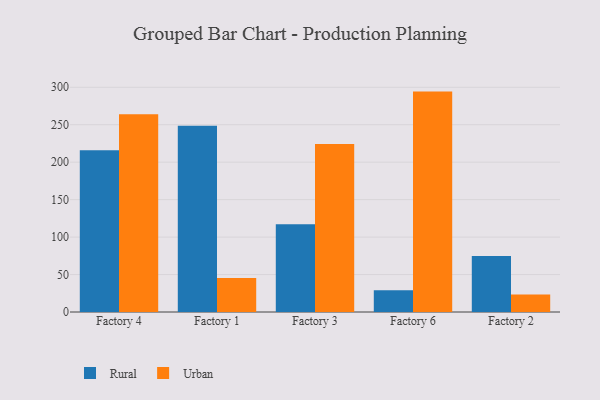
{"axis": {"x": "Factory", "y": "Churn Rate (%)"}, "legend": ["Rural", "Urban"], "data": [{"x": "Factory 4", "y": 215.9, "type": "Rural"}, {"x": "Factory 4", "y": 264.0, "type": "Urban"}, {"x": "Factory 1", "y": 248.6, "type": "Rural"}, {"x": "Factory 1", "y": 45.4, "type": "Urban"}, {"x": "Factory 3", "y": 117.0, "type": "Rural"}, {"x": "Factory 3", "y": 224.4, "type": "Urban"}, {"x": "Factory 6", "y": 28.9, "type": "Rural"}, {"x": "Factory 6", "y": 294.2, "type": "Urban"}, {"x": "Factory 2", "y": 74.8, "type": "Rural"}, {"x": "Factory 2", "y": 23.5, "type": "Urban"}]}